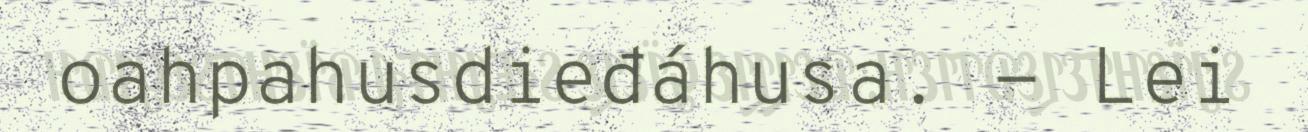
oahpahusdieđáhusa. - Lei